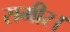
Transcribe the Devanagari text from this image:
समीर।